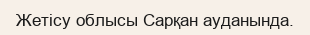
Жетісу облысы Сарқан ауданында.